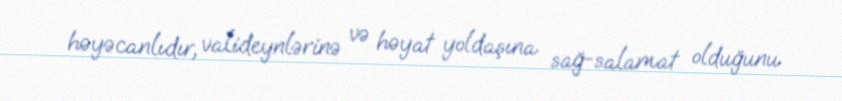
həyəcanlıdır, valideynlərinə və həyat yoldaşına sağ-salamat olduğunu